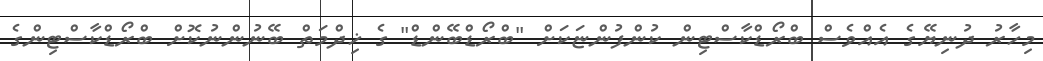
މިހާރު ދުނިޔޭގެ އެއްވެސް ބްރޯޑްކާސްޓިން ކުންފުންޏަކަށް "ބްރޯޑްބޭންޑް" ގެ ޚިދްމަތް ބޭނުންނުކޮށް ބްރޯޑްކާސްޓިންގެ